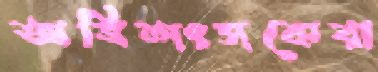
অভিশংসকেরা